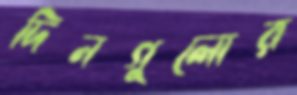
দিনগুলোর